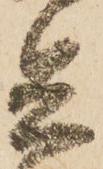
兵